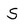
Character: S